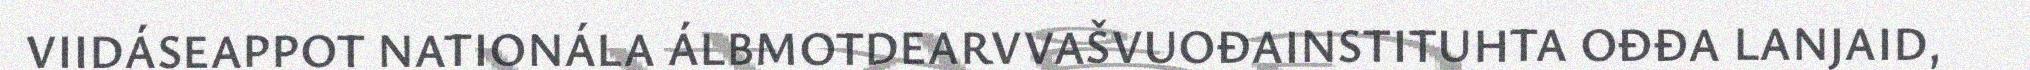
VIIDÁSEAPPOT NATIONÁLA ÁLBMOTDEARVVAŠVUOĐAINSTITUHTA OĐĐA LANJAID,